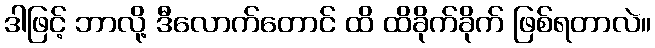
ဒါဖြင့် ဘာလို့ ဒီလောက်တောင် ထိ ထိခိုက်ခိုက် ဖြစ်ရတာလဲ။